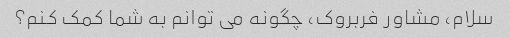
سلام، مشاور فربروک، چگونه می توانم به شما کمک کنم؟